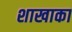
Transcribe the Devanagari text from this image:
शाखाका